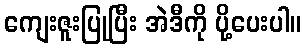
ကျေးဇူးပြုပြီး အဲဒီကို ပို့ပေးပါ။